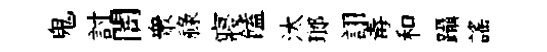
鬼討闇衆祿寢饁汰瑯詡毒和躡謡